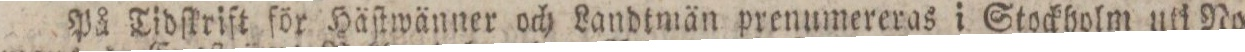
På Tidſkrift för Häſtwänner och Landtmän prenumereras i Stockholm uti Nor=